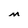
Character: M